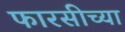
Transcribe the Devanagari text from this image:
फारसीच्या